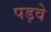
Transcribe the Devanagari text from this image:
पड़वे